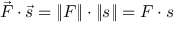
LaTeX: { \vec { F } } \cdot { \vec { s } } = \| F \| \cdot \| s \| = F \cdot s